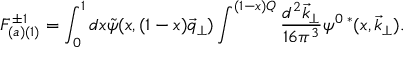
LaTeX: F _ { ( a ) ( 1 ) } ^ { \pm 1 } = \int _ { 0 } ^ { 1 } d x \tilde { \psi } ( x , ( 1 - x ) \vec { q } _ { \perp } ) \int ^ { ( 1 - x ) Q } \frac { d ^ { 2 } \vec { k } _ { \perp } } { 1 6 \pi ^ { 3 } } \psi ^ { 0 \; * } ( x , \vec { k } _ { \perp } ) .